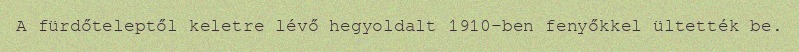
A fürdőteleptől keletre lévő hegyoldalt 1910-ben fenyőkkel ültették be.